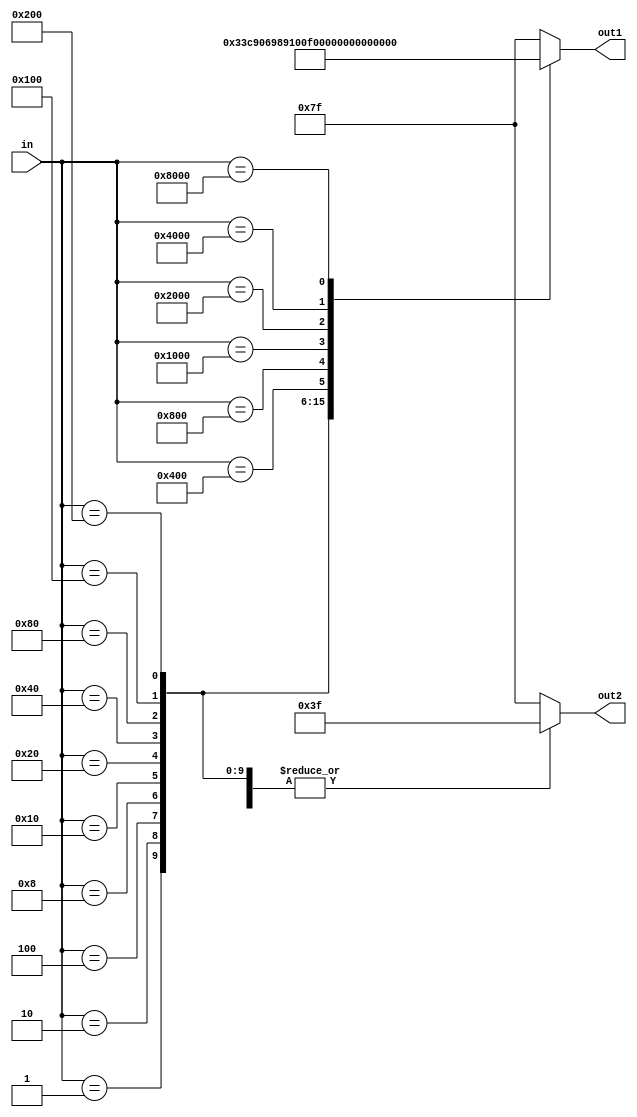
module hexadecimal (
    input [15:0] in,
    output reg [6:0] out1,
    output reg [6:0] out2
);

always @* begin
    case (in)
        16'b0000000000000001: begin out1 = ~7'b1111110; out2 = ~7'b1000000; end //0
        16'b0000000000000010: begin out1 = ~7'b0110000; out2 = ~7'b1000000; end //1
        16'b0000000000000100: begin out1 = ~7'b1101101; out2 = ~7'b1000000; end //2
        16'b0000000000001000: begin out1 = ~7'b1111001; out2 = ~7'b1000000; end //3
        16'b0000000000010000: begin out1 = ~7'b0110011; out2 = ~7'b1000000; end //4
        16'b0000000000100000: begin out1 = ~7'b1011011; out2 = ~7'b1000000; end //5
        16'b0000000001000000: begin out1 = ~7'b1011111; out2 = ~7'b1000000; end //6
        16'b0000000010000000: begin out1 = ~7'b1110000; out2 = ~7'b1000000; end //7    
        16'b0000000100000000: begin out1 = ~7'b1111111; out2 = ~7'b1000000; end //8
        16'b0000001000000000: begin out1 = ~7'b1111011; out2 = ~7'b1000000; end //9
        16'b0000010000000000: begin out1 = ~7'b1110111; out2 = ~7'b1000000; end //A
        16'b0000100000000000: begin out1 = ~7'b0011111; out2 = ~7'b1000000; end //b
        16'b0001000000000000: begin out1 = ~7'b1001110; out2 = ~7'b1000000; end //C
        16'b0010000000000000: begin out1 = ~7'b0111101; out2 = ~7'b1000000; end //d
        16'b0100000000000000: begin out1 = ~7'b1001111; out2 = ~7'b1000000; end //E
        16'b1000000000000000: begin out1 = ~7'b1000111; out2 = ~7'b1000000; end //F
        default: begin out1 = ~7'b0000000; out2 = ~7'b0000000; end
    endcase
end

endmodule